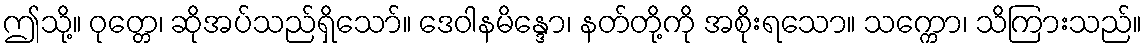
ဤသို့။ ဝုတ္တေ၊ ဆိုအပ်သည်ရှိသော်။ ဒေဝါနမိန္ဒော၊ နတ်တို့ကို အစိုးရသော။ သက္ကော၊ သိကြားသည်။